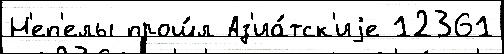
Н'еп'елы прош́л Аз'иа́тск'иjе 12361